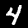
Digit: 4